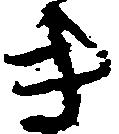
き